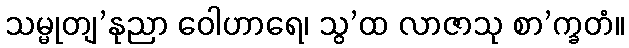
သမ္မုတျ’နုညာ ဝေါဟာရေ၊ သွ’ထ လာဇာသု စာ’က္ခတံ။